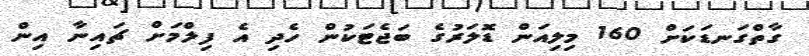
ގާތްގަނޑަކަށް 160 މިލިއަން ޑޮލަރުގެ ބަޖެޓަކުން ހެދި އެ ފިލްމަށް ޗައިނާ އިން